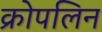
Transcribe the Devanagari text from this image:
क्रोपलिन